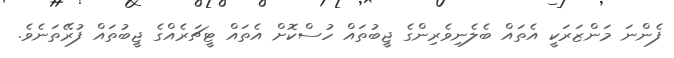
ފެންނަ މަންޒަރަކީ އެތައް ބެލެނިވެރިންގެ ޖީބުތައް ހުސްކޮށް އެތައް ޓީޗަރެއްގެ ޖީބުތައް ފުރޭތަނެވެ.